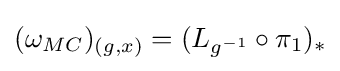
(\omega _{MC})_{(g,x)}=(L_{g^{-1}}\circ \pi _{1})_{*}